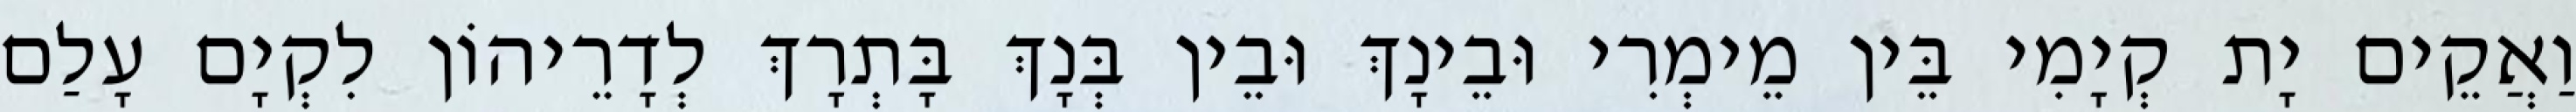
וַאֲקֵים יָת קְיָמִי בֵּין מֵימְרִי וּבֵינָךְ וּבֵין בְּנָךְ בָּתְרָךְ לְדָרֵיהוֹן לִקְיָם עָלַם